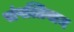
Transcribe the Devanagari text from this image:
संपत्तिवान